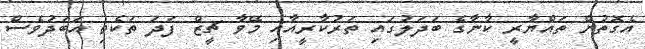
އެގޮތުން ތައްޔާރީ ކާނާގެ ބަދަލުގައި ތަރުކާރީއާއި މޭވާ ޗީޒް ފަދަ ތަކެތި އަބަދުވެސް